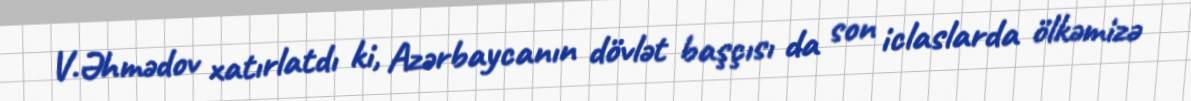
V.Əhmədov xatırlatdı ki, Azərbaycanın dövlət başçısı da son iclaslarda ölkəmizə